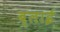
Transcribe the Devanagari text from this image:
ब्लाई